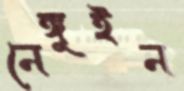
নেঙ্গুইন